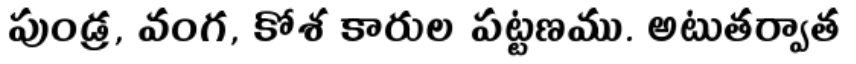
పుండ్ర, వంగ, కోశ కారుల పట్టణము. అటుతర్వాత